Language: tamil
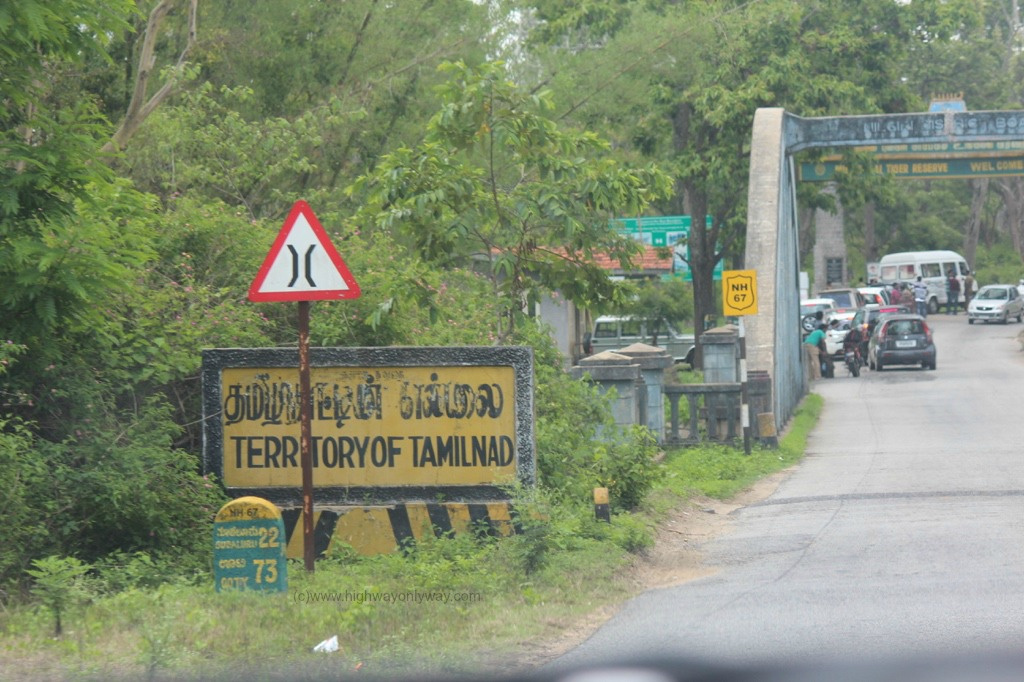
Transcription: தமிழ் எல்லை